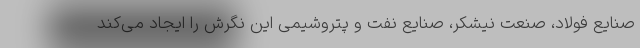
صنایع فولاد، صنعت نیشکر، صنایع نفت و پتروشیمی این نگرش را ایجاد می‌کند